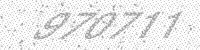
Solution: 970711